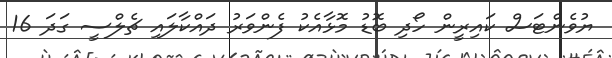
ޔުވެންޓަސް ކައިރީން ހޯދި ބޮޑު މޮޅާއެކު ފެންވަރު ދައްކާލައި ޗެލްސީ ގަދަ 16